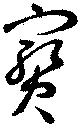
宝